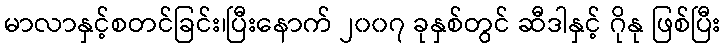
မာလာနှင့်စတင်ခြင်း၊ပြီးနောက် ၂၀၀၇ ခုနှစ်တွင် ဆီဒါနှင့် ဂိုနု ဖြစ်ပြီး